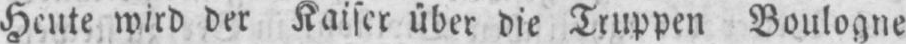
Heute wird der Kaiser über die Truppen Boulogne